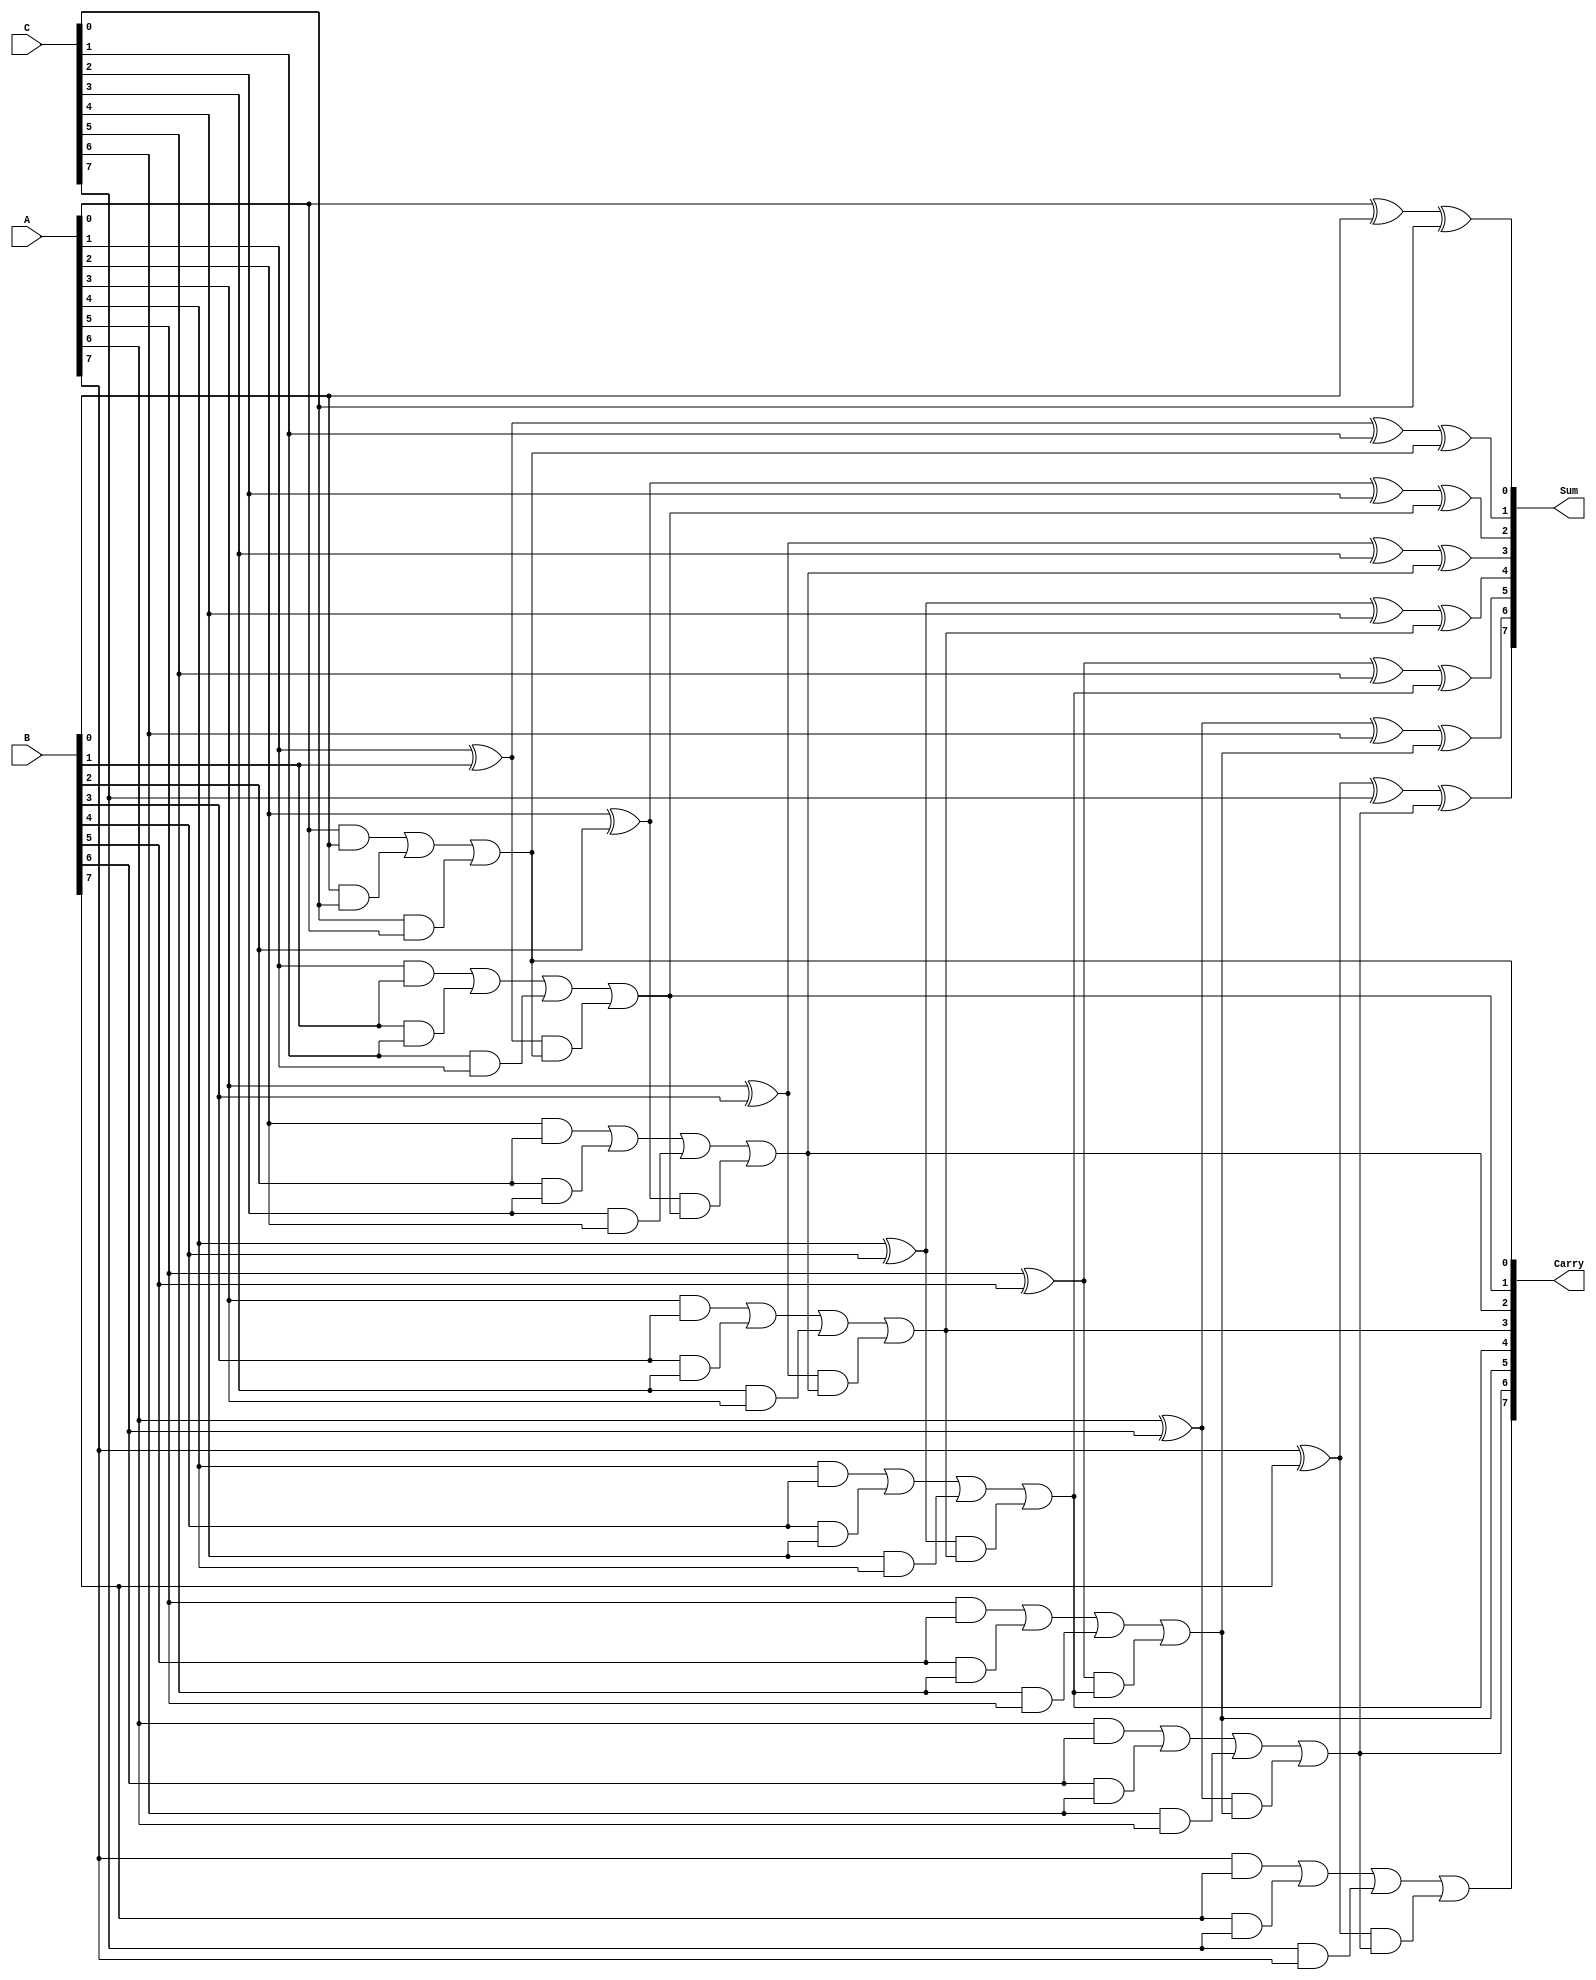
module ModifiedCarrySaveAdder #(
    parameter N = 8 // Width of the operands
)(
    input  [N-1:0] A, // First operand
    input  [N-1:0] B, // Second operand
    input  [N-1:0] C, // Third operand
    output [N-1:0] Sum, // Sum output
    output [N-1:0] Carry // Carry output
);

    wire [N-1:0] S1, S2; // Intermediate sums
    wire [N-1:0] C1, C2; // Intermediate carries

    // Generate partial sums and carries using full adders
    genvar i;
    generate
        for (i = 0; i < N; i = i + 1) begin : adder
            if (i == 0) begin // For the least significant bit
                assign S1[i] = A[i] ^ B[i] ^ C[i];
                assign C1[i] = (A[i] & B[i]) | (B[i] & C[i]) | (C[i] & A[i]);
            end else begin
                assign S1[i] = A[i] ^ B[i] ^ C[i] ^ C1[i-1];
                assign C1[i] = (A[i] & B[i]) | (B[i] & C[i]) | (C[i] & A[i]) | ((A[i] ^ B[i]) & C1[i-1]);
            end
        end
    endgenerate

    // Sum and carry outputs
    assign Sum = S1; // Output the partial sum
    assign Carry = C1; // Output the carry bits

endmodule